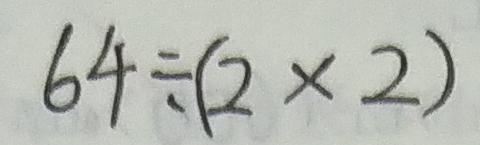
6 4 \div ( 2 \times 2 )